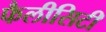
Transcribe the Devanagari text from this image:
फैलीसिटी